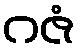
ဂဇံ